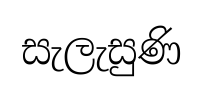
සැලැසුණි